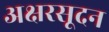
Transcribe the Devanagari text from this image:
अक्षरसूदन